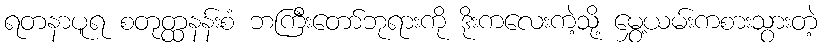
ရတနာပူရ စတုတ္ထနန်းစံ ဘကြီးတော်ဘုရားကို ဒိုးကလေးကဲ့သို့ မွှေ့ယမ်းကစားသွားတဲ့